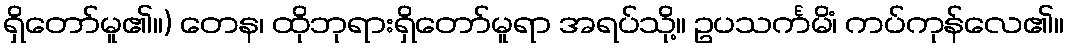
ရှိတော်မူ၏။) တေန၊ ထိုဘုရားရှိတော်မူရာ အရပ်သို့။ ဥပသင်္ကမိံ၊ ကပ်ကုန်လေ၏။